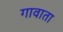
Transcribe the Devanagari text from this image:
गावाता